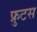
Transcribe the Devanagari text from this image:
फ्रुटस